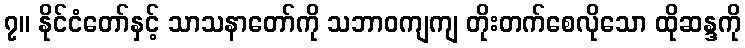
၇။ နိုင်ငံတော်နှင့် သာသနာတော်ကို သဘာဝကျကျ တိုးတက်စေလိုသော ထိုဆန္ဒကို